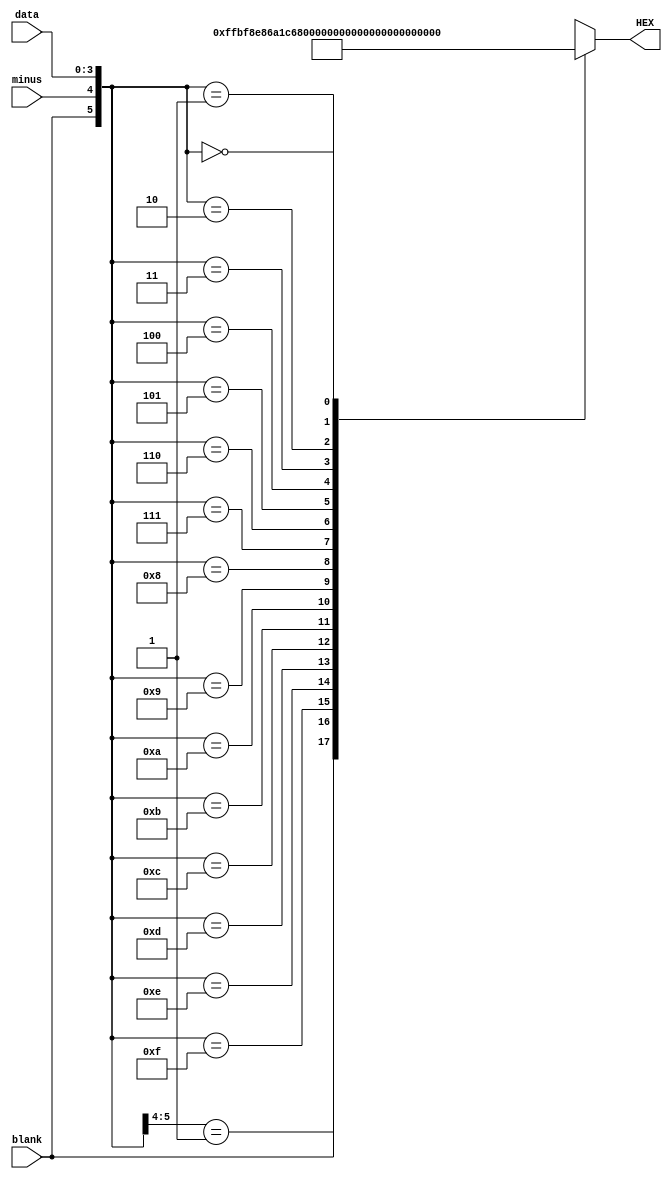
module sevenseg(
input [3:0] data,
input blank,
input minus, 
output reg [7:0] HEX
);

always @(blank, minus, data[3:0])
casex ({blank, minus, data[3:0]})
  6'b1xxxxx: HEX[7:0] = 8'b11111111;     // blank
  6'b01xxxx: HEX[7:0] = 8'b10111111;     // minus
  6'b001111: HEX[7:0] = 8'b10001110;     // F
  6'b001110: HEX[7:0] = 8'b10000110;     // E
  6'b001101: HEX[7:0] = 8'b10100001;     // D
  6'b001100: HEX[7:0] = 8'b11000110;     // C
  6'b001011: HEX[7:0] = 8'b10000011;     // B
  6'b001010: HEX[7:0] = 8'b10001000;     // A
  6'b001001: HEX[7:0] = 8'b10010000;     // 9
  6'b001000: HEX[7:0] = 8'b10000000;     // 8
  6'b000111: HEX[7:0] = 8'b11111000;     // 7
  6'b000110: HEX[7:0] = 8'b10000010;     // 6
  6'b000101: HEX[7:0] = 8'b10010010;     // 5
  6'b000100: HEX[7:0] = 8'b10011001;     // 4
  6'b000011: HEX[7:0] = 8'b10110000;     // 3
  6'b000010: HEX[7:0] = 8'b10100100;     // 2
  6'b000001: HEX[7:0] = 8'b11111001;     // 1
  6'b000000: HEX[7:0] = 8'b11000000;     // 0  
  default: HEX[7:0] = 8'b11111111;
endcase 

endmodule